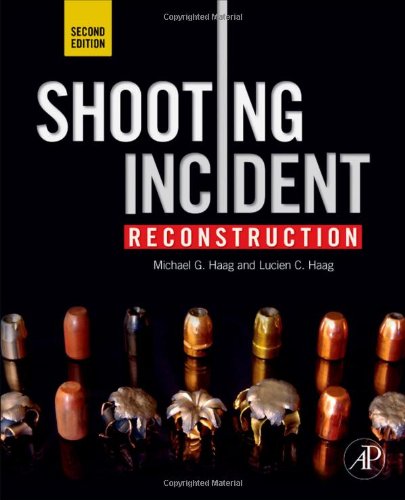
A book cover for Shooting Incident Reconstruction, Second Edition; Michael G. Haag; Medical Books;